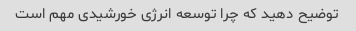
توضیح دهید که چرا توسعه انرژی خورشیدی مهم است